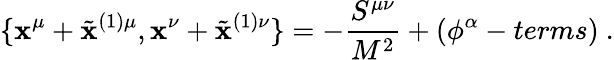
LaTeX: \{ \mathbf{x}^{\mu}+\tilde{{\mathbf{x}}}^{(1)\mu},\mathbf{x}^{\nu}+\tilde{{\mathbf{x}}}^{(1)\nu}\} =-\frac{{S^{\mu\nu}}}{{M^{2}}}+(\phi^{\alpha}-terms)~.